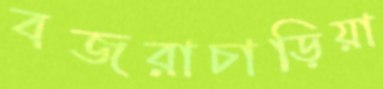
বজরাচাড়িয়া